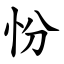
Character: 㤋